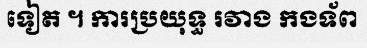
ទៀត ។ ការប្រយុទ្ធ រវាង កងទ័ព